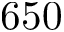
6 5 0